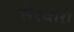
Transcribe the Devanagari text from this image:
सेरवारो